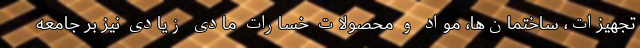
تجهیزات، ساختمان­ها، مواد و محصولات خسارات مادی زیادی نیز بر جامعه